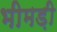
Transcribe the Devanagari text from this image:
भीमड़ी